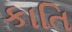
કાતિ